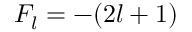
F _ { l } = - ( 2 l + 1 )